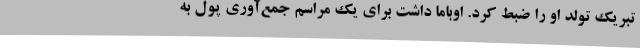
تبریک تولد او را ضبط کرد. اوباما داشت برای یک مراسم جمع‌آوری پول به